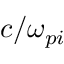
c / \omega _ { p i }